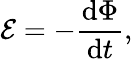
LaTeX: {\mathcal{E}}=-{\frac{\mathrm{d}\Phi}{\mathrm{d}t}},